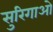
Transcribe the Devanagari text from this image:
सुरिगाओ